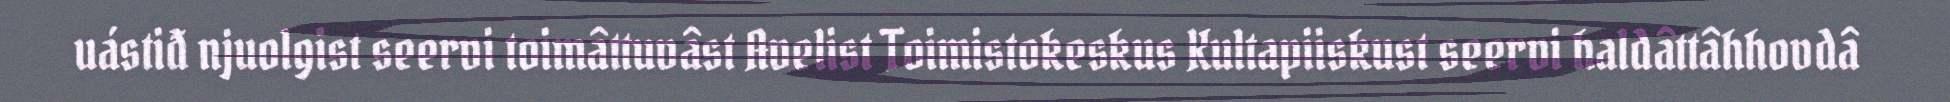
uástiđ njuolgist seervi toimâttuvâst Avelist Toimistokeskus Kultapiiskust seervi haldâttâhhovdâ